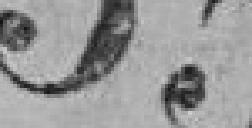
55